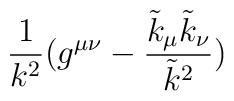
\frac{1}{k^2}(g^{\mu \nu}- \frac{\tilde{k}_{\mu} \tilde{k}_{\nu}}{\tilde{k}^2})